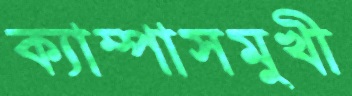
ক্যাম্পাসমুখী